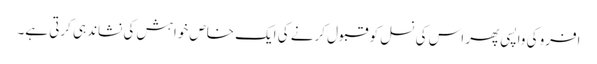
افرو کی واپسی پھر اس کی نسل کو قبول کرنے کی ایک خاص خواہش کی نشاندہی کرتی ہے۔